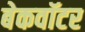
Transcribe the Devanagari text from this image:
बेकवॉटर